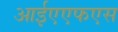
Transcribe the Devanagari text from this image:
आईएएफएस